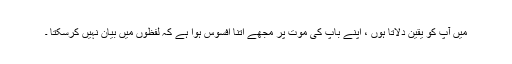
میں آپ کو یقین دلاتا ہوں ، اپنے باپ کی موت پر مجھے اتنا افسوس ہوا ہے کہ لفظوں میں بیان نہیں کرسکتا ۔